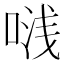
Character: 𭈟